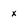
Character: x